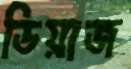
ডিয়াজ